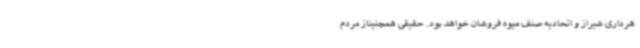
هرداری شیراز و اتحادیه صنف میوه فروشان خواهد بود. حقیقی همچنیناز مردم